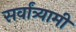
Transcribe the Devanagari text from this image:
सर्वांत्र्यामी